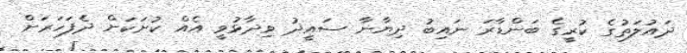
ދައުލަތުގެ ކުރީގެ ބަންޑާރަ ނައިބު ދިޔާނާ ސައީދު ވިދާޅުވީ އެއް ކުށަކަށް ދެފަހަރަށް